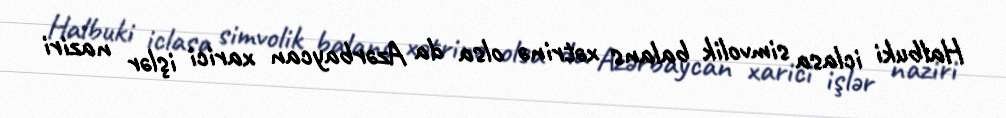
Halbuki iclasa simvolik balans xətrinə olsa da Azərbaycan xarici işlər naziri